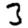
Digit: 3